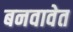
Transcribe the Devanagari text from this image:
बनवावेत